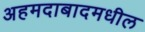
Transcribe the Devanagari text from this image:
अहमदाबादमधील